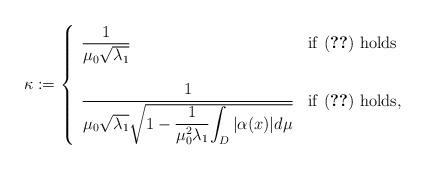
LaTeX: \begin{align*}\kappa:=\left\{\begin{array}{ll}\displaystyle\frac{1}{\mu_0\sqrt{\lambda_1}} & \mbox{if \eqref{alfa1} holds}\\\\{\displaystyle \frac{1}{\mu_0\sqrt{\lambda_1}\sqrt{1-\displaystyle\frac{1}{\mu_0^2\lambda_1}{\displaystyle\int_D{|\alpha(x)|}d\mu}}}} & \mbox{if \eqref{alfa2} holds},\end{array}\right.\end{align*}